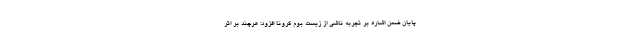
پایان ضمن اشاره بر تجربه ناشی از زیست بوم کرونا افزود: هرچند بر اثر